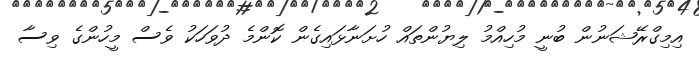
އިމިގްރޭޝަނުން ބުނީ މުހިއްމު ލިޔުންތައް ހުށަނާޅައިގެން ކޮންމެ ދުވަހަކު ވެސް މީހުންގެ ވިސާ